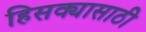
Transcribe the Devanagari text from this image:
हिसक्यासाठी